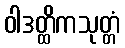
ဝါဒတ္ထိကသုတ္တံ